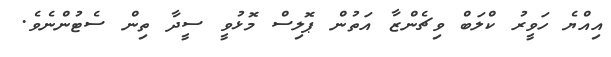
އިއްޔެ ހަވީރު ކްލަބް ވިޗެންޒާ އަތުން ޕޮލިސް މޮޅުވީ ސީދާ ތިން ސެޓުންނެވެ.